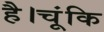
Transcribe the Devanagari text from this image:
है।चूंकि